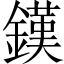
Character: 𨫪